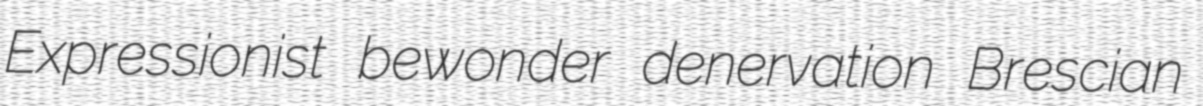
Expressionist bewonder denervation Brescian